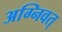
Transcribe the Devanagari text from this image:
अग्निवत्